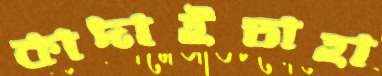
কাদাইতাহা